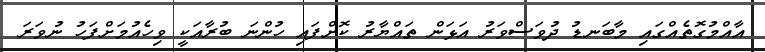
އާއްމުގޮތެއްގައި މާބަނޑު ދުވަސްވަރު އަޅަން ތައްޔާރު ކޮށްފައި ހުންނަ ބުރާއަކީ ވިހެއުމަށްފަހު ނުވަރަ